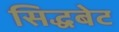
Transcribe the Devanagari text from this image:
सिद्धबेट